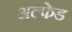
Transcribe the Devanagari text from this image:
अल्फेड